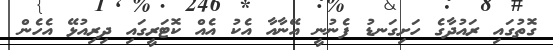
ގޮތުގައި ރައުދާގެ ހަށިގަނޑު ފެނުނީ އޭނާއާ އެކު އެއް ކޮޓަރީގައި ދިރިއުޅޭ އެހެން